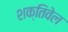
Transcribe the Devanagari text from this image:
शक्तिवेल